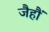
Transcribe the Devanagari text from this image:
जैहौं